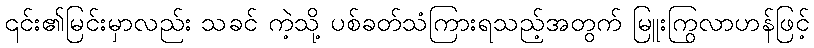
၎င်း၏မြင်းမှာလည်း သခင် ကဲ့သို့ ပစ်ခတ်သံကြားရသည့်အတွက် မြူးကြွလာဟန်ဖြင့်